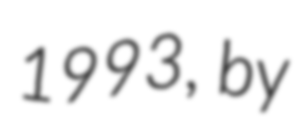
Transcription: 1993,  by